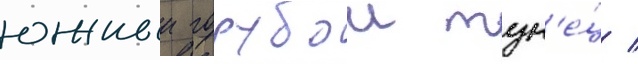
южныи голубои тун'е́ц /